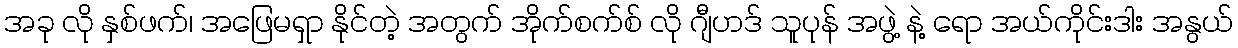
အခု လို နှစ်ဖက်၊ အဖြေမရှာ နိုင်တဲ့ အတွက် အိုက်စက်စ် လို ဂျီဟဒ် သူပုန် အဖွဲ့ နဲ့ ရော အယ်ကိုင်းဒါး အနွယ်